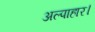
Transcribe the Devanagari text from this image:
अल्पाहार।